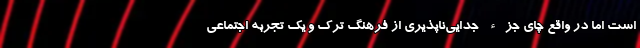
است اما در واقع چای جزء جدایی‌ناپذیری از فرهنگ ترک و یک تجربه اجتماعی